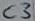
Text: C3